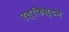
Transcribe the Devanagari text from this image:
एल्फिस्टन